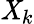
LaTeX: \mathit{X}_{k}